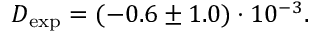
D _ { \mathrm { e x p } } = ( - 0 . 6 \pm 1 . 0 ) \cdot 1 0 ^ { - 3 } .